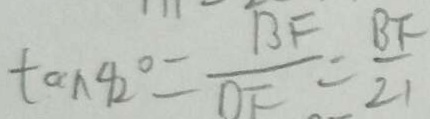
\tan 4 2 ^ { \circ } = \frac { B F } { O F } = \frac { B F } { 2 1 }